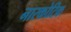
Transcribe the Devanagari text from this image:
नारकोटिक